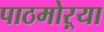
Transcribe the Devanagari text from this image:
पाठमोऱ्या